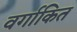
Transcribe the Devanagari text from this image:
वर्गाकित